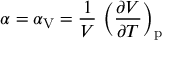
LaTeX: \alpha = \alpha _ { \mathrm { V } } = { \frac { 1 } { V } } \, \left( { \frac { \partial V } { \partial T } } \right) _ { \mathrm { p } }